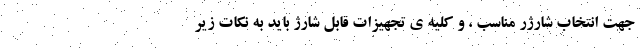
جهت انتخاب شارژر مناسب ، و کلیه ی تجهیزات قابل شارژ باید به نکات زیر